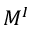
M ^ { I }